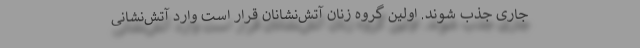
جاری جذب شوند. اولین گروه زنان آتش‌نشانان قرار است وارد آتش‌نشانی